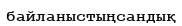
байланыстыңсандық